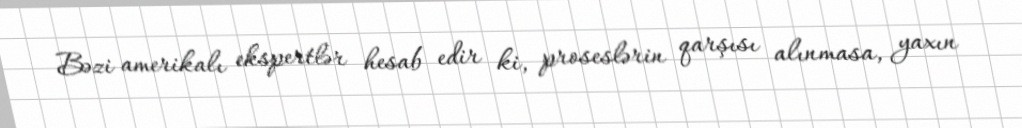
Bəzi amerikalı ekspertlər hesab edir ki, proseslərin qarşısı alınmasa, yaxın